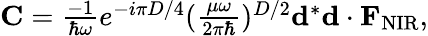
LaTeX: \begin{array}{r}{{\mathbf C}=\frac{-1}{\hbar\omega}e^{-i{\pi D}/{4}}(\frac{\mu\omega}{2\pi\hbar})^{{D}/{2}}{\mathbf d}^{*}{\mathbf d}\cdot{\mathbf F}_{\mathrm{NIR}},}\end{array}